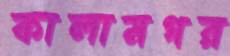
কালামগর